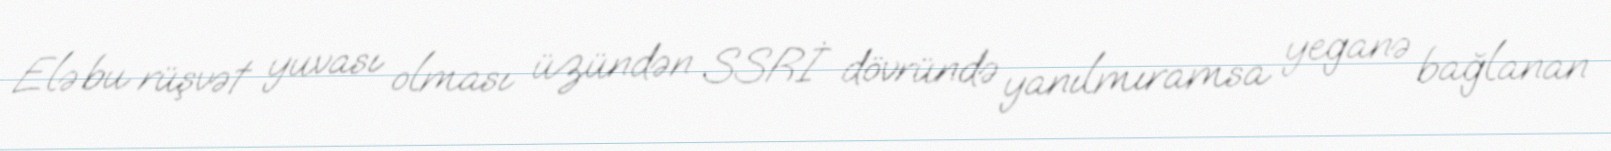
Elə bu rüşvət yuvası olması üzündən SSRİ dövründə yanılmıramsa yeganə bağlanan